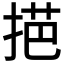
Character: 𢯓